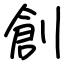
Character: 創